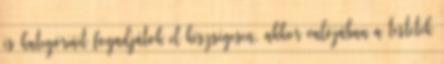
és kategóriáit fogadjátok el készségesen, akkor valójában a testetek